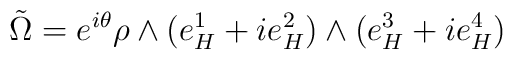
\tilde{\Omega}=e^{i\theta} \rho \wedge (e_H^1+ie_H^2) \wedge (e_H^3+ie_H^4)